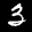
Label: 3